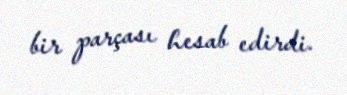
bir parçası hesab edirdi.